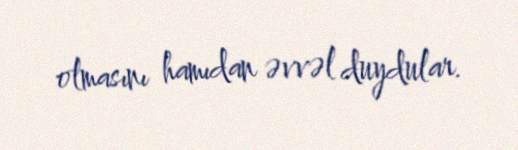
olmasını hamıdan əvvəl duydular.